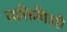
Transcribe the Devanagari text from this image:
व्यक्तिचित्रही